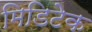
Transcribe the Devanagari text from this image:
मिडिटेक